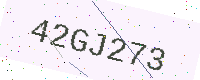
Text: 42GJ273